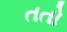
તતો